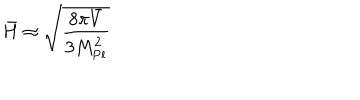
\bar { H } \approx \sqrt { \frac { 8 \pi \bar { V } } { 3 M _ { \mathrm { P l } } ^ { 2 } } }